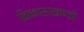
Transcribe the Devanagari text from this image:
विकासखण्डो